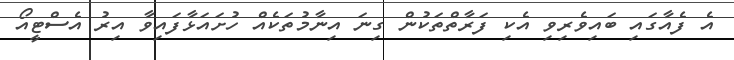
އެ ފެއާގައި ބައިވެރިވި އެކި ފަރާތްތަކުން ގިނަ އިނާމުތަކެއް ހުށައަޅާފައިވާ އިރު އެސްޓީއޯ